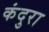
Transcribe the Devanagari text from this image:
कंदुरा